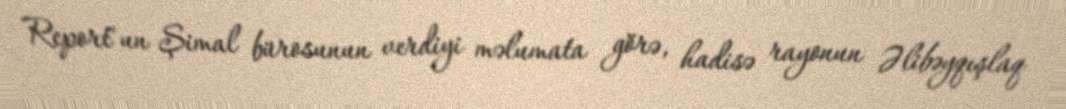
Report"un Şimal bürosunun verdiyi məlumata görə, hadisə rayonun Əlibəyqışlaq